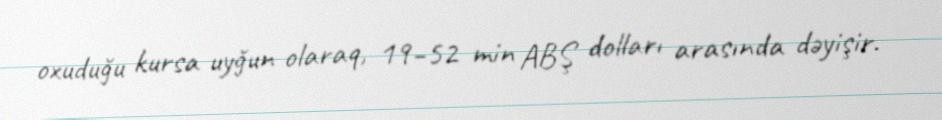
oxuduğu kursa uyğun olaraq, 19–52 min ABŞ dolları arasında dəyişir.